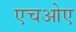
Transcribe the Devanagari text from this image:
एचओए